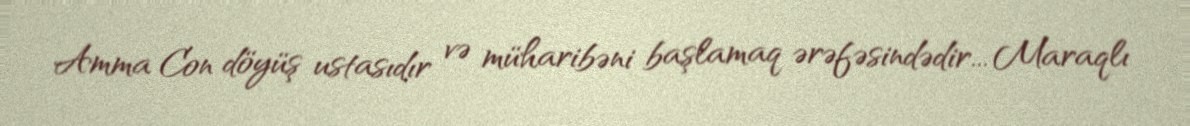
Amma Con döyüş ustasıdır və müharibəni başlamaq ərəfəsindədir... Maraqlı